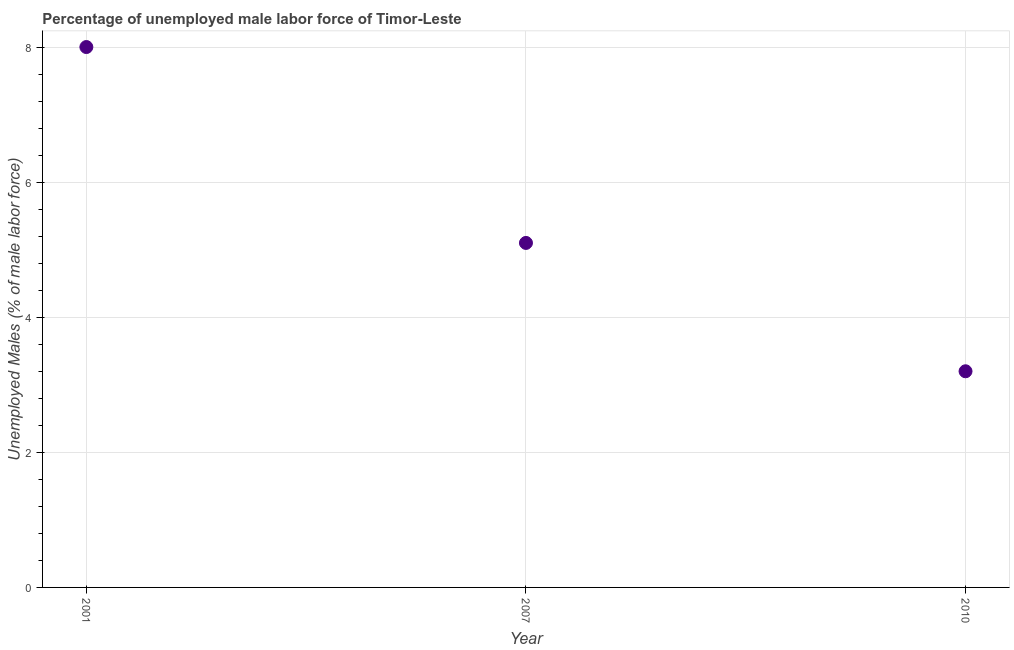
| Year | Unemployment male |
 | --- | --- |
 | 2001 | 8 |
 | 2007 | 5.1 |
 | 2010 | 3.2 |